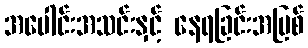
အပေါင်းအသင်းနှင့် နေရခြင်းအပြစ်